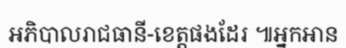
អភិបាលរាជធានី-ខេត្តផងដែរ ៕អ្នកអាន